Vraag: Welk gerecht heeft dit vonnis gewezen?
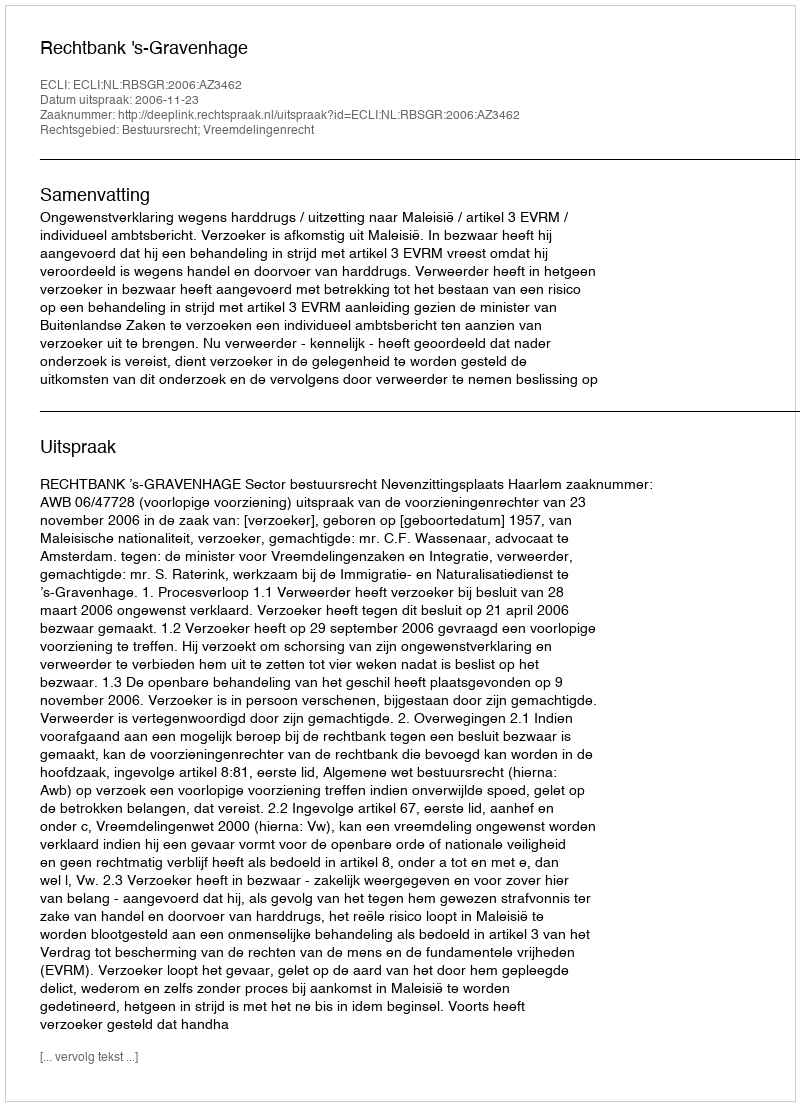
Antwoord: Rechtbank 's-Gravenhage